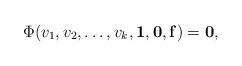
LaTeX: \begin{align*} \Phi(v_{1}, v_{2}, \ldots , v_{k}, {\bf{1}}, {\bf{0}}, {\bf{f}})= {\bf{0}}, \end{align*}